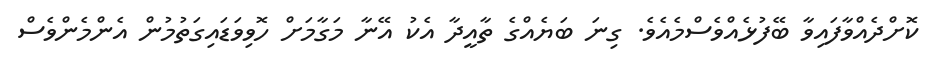
ކޮށްދެއްވާފައިވާ ބޭފުޅެއްވެސްމެއެވެ. ގިނަ ބަޔެއްގެ ތާއީދާ އެކު އޭނާ މަގާމަށް ހޮވިވަޑައިގަތުމުން އެންމެންވެސް